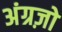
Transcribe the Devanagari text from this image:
अंग्रज़ो